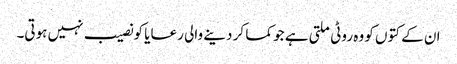
ان کے کتوں کو وہ روٹی ملتی ہے جو کما کر دینے والی رعایا کو نصیب نہیں ہوتی۔